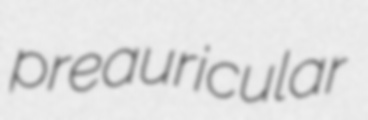
preauricular